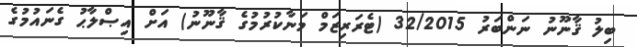
ބިލު ޤާނޫނު ނަންބަރު 32/2015 (ޓެރަރިޒަމް މަނާކުރުމުގެ ޤާނޫނު) އަށް އިޞްލާޙު ގެނައުމުގެ